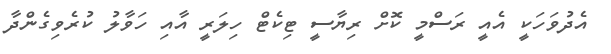
އެދުވަހަކީ އެއީ ރަސްމީ ކޮށް ރިޔާސީ ޓިކެޓް ހިލަރީ އާއި ހަވާލު ކުރެވިގެންދާ